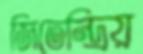
জিতেন্দ্রিয়